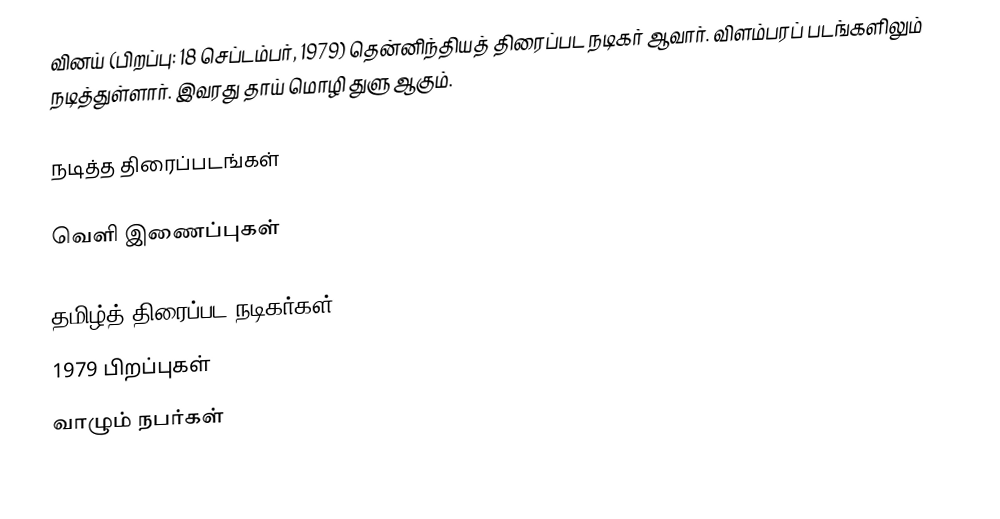
வினய் (பிறப்பு: 18 செப்டம்பர், 1979) தென்னிந்தியத் திரைப்பட நடிகர் ஆவார். விளம்பரப் படங்களிலும் நடித்துள்ளார். இவரது தாய் மொழி துளு ஆகும்.

நடித்த திரைப்படங்கள்

வெளி இணைப்புகள்

தமிழ்த் திரைப்பட நடிகர்கள்
1979 பிறப்புகள்
வாழும் நபர்கள்